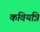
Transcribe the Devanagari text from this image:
कवियत्रि